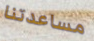
مساعدتنا